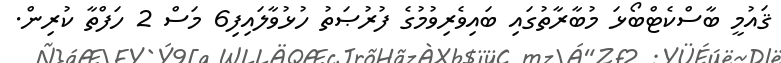
ޤައުމީ ބާސްކެޓްބޯޅަ މުބާރާތުގައި ބައިވެރިވުމުގެ ފުރުޞަތު ހުޅުވާލައިފި6 މަސް 2 ހަފްތާ ކުރިން.